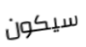
سيكون